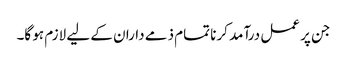
جن پر عمل درآمد کرنا تمام ذمے داران کے لیے لازم ہو گا۔